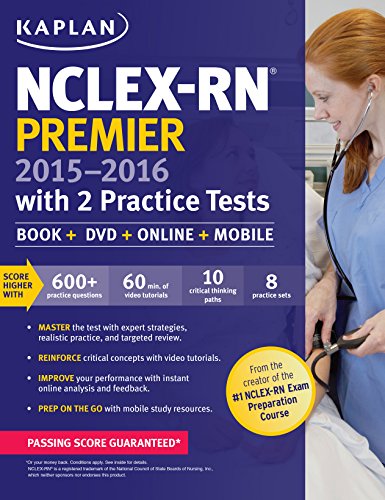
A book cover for NCLEX-RN Premier 2015-2016 with 2 Practice Tests: Book + Online + DVD + Mobile (Kaplan Nclex-Rn Premier); Kaplan; Test Preparation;